Report on the lunatic asylums under the Government of Bombay - 1904-1913
Year: 1904
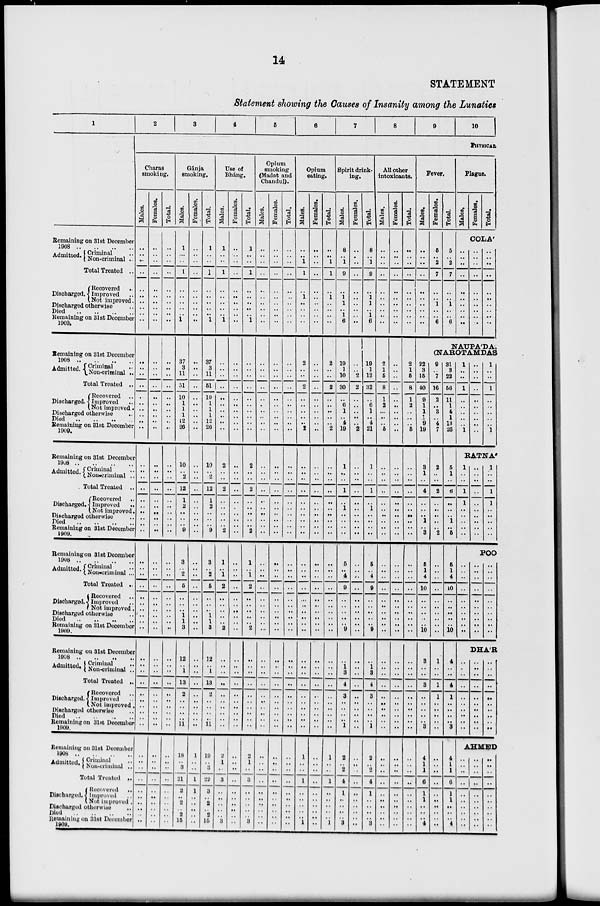
14
STATEMENT
Statement showing the Causes of Insanity among the Lunatics
1
Remaining on 31st December
1908
..
..
..
..
Admitted. Criminal ..
Non-criminal ..
Total Treated ..
Discharged.
Recovered ..
Improved ..
Not improved.
Discharged otherwise ..
Died .. .. .. ..
Remaining on 31st December
1909.
Remaining on 31st December
1908
..
..
..
..
Admitted. Criminal ..
Non-criminal ..
Total Treated ..
Discharged.
Recovered ..
Improved ..
Not improved.
Discharged otherwise ..
Died .. .. .. ..
Remaining on 31st December
1909.
Remaining on 31st December
1908
..
..
..
..
Admitted. Criminal ..
Non-criminal ..
Total Treated ..
Discharged
Recovered ..
Improved
..
Not improved.
Discharged otherwise ..
Died .. .. .. ..
Remaining on 31st December
1909.
Remaining on 31st December
1908 .. .. .. ..
Admitted. Criminal ..
Non-criminal ..
Total Treated ..
Discharged.
Recovered ..
Improved ..
Not improved.
Discharged otherwise ..
Died .. .. .. ..
Remaining on 31st December
1909.
Remaining on 31st December
1908 .. .. .. ..
Admitted. Criminal ..
Non-criminal ..
Total Treated ..
Discharged.
Recovered ..
Improved ..
Not improved.
Discharged otherwise ..
Died .. .. .. ..
Remaining on 31st December
1909.
Remaining on 31st December
1908
..
..
..
..
Admitted. Criminal ..
Non-criminal ..
Total Treated ..
Discharged.
Recovered ..
Improved ..
Not improved.
Discharged otherwise ..
Died .. .. .. ..
Remaining on 31st December
1909.
2
3
4
5
6
7
8
9
10
PHYSICAL
Charas
smoking.
Males.
..
..
..
..
..
..
..
..
..
..
..
..
..
..
..
..
..
..
..
..
..
..
..
..
..
..
..
..
..
..
..
..
..
..
..
..
..
..
..
..
..
..
..
..
..
..
..
..
..
..
..
..
..
..
..
..
..
..
..
..
Females.
..
..
..
..
..
..
..
..
..
..
..
..
..
..
..
..
..
..
..
..
..
..
..
..
..
..
..
..
..
..
..
..
..
..
..
..
..
..
..
..
..
..
..
..
..
..
..
..
..
..
..
..
..
..
..
..
..
..
..
..
Total.
..
..
..
..
..
..
..
..
..
..
..
..
..
..
..
..
..
..
..
..
..
..
..
..
..
..
..
..
..
..
..
..
..
..
..
..
..
..
..
..
..
..
..
..
..
..
..
..
..
..
..
..
..
..
..
..
..
..
..
..
Gánja
smoking.
Males.
1
..
..
1
..
..
..
..
..
1
37
3
11
51
10
1
1
1
12
26
10
..
2
12
1
2
..
..
..
9
3
..
2
5
..
..
..
1
1
3
12
..
1
13
2
..
..
..
.. 11
18
..
3
21
2
..
2
..
2
15
Females.
..
..
..
..
..
..
..
..
..
..
..
..
..
..
..
..
..
..
..
..
..
..
..
..
..
..
..
..
..
..
..
..
..
..
..
..
..
..
..
..
..
..
..
..
..
..
..
..
..
..
1
..
..
1
1
..
..
..
..
..
Total.
1
..
..
1
..
..
..
..
..
1
37
3
11
51
10
1
1
1
12
26
10
..
2
12
1
2
..
..
..
9
3
..
2
5
..
..
..
1
1
3
12
..
1
13
2
..
..
..
.. 11
19
..
3
22
3
..
2
..
2
15
Use of
Bháng.
Males.
1
..
..
1
..
..
..
..
..
1
..
..
..
..
..
..
..
..
..
..
2
..
..
2
..
..
..
..
..
2
1
..
1
2
..
..
..
..
..
2
..
..
..
..
..
..
..
..
..
..
2
1
..
3
..
..
..
..
..
3
Females.
..
..
..
..
..
..
..
..
..
..
..
..
..
..
..
..
..
..
..
..
..
..
..
..
..
..
..
..
..
..
..
..
..
..
..
..
..
..
..
..
..
..
..
..
..
..
..
..
..
..
..
..
..
..
..
..
..
..
..
..
Total.
1
..
..
1
..
..
..
..
..
1
..
..
..
..
..
..
..
..
..
..
2
..
..
2
..
..
..
..
..
2
1
..
1
2
..
..
..
..
..
2
..
..
..
..
..
..
..
..
..
..
2
1
..
3
..
..
..
..
..
3
Opium
smoking
(Madat and
Chandul).
Males.
..
..
..
..
..
..
..
..
..
..
..
..
..
..
..
..
..
..
..
..
..
..
..
..
..
..
..
..
..
..
..
..
..
..
..
..
..
..
..
..
..
..
..
..
..
..
..
..
..
..
..
..
..
..
..
..
..
..
..
..
Females.
..
..
..
..
..
..
..
..
..
..
..
..
..
..
..
..
..
..
..
..
..
..
..
..
..
..
..
..
..
..
..
..
..
..
..
..
..
..
..
..
..
..
..
..
..
..
..
..
..
..
..
..
..
..
..
..
..
..
..
..
Total.
..
..
..
..
..
..
..
..
..
..
..
..
..
..
..
..
..
..
..
..
..
..
..
..
..
..
..
..
..
..
..
..
..
..
..
..
..
..
..
..
..
..
..
..
..
..
..
..
..
..
..
..
..
..
..
..
..
..
..
..
Opium
eating.
Males.
..
..
1
1
..
1
..
..
..
..
2
..
..
2
..
..
..
..
..
2
..
..
..
..
..
..
..
..
..
..
..
..
..
..
..
..
..
..
..
..
..
..
..
..
..
..
..
..
..
..
1
..
..
1
..
..
..
..
..
1
Females.
..
..
..
..
..
..
..
..
..
..
..
..
..
..
..
..
..
..
..
..
..
..
..
..
..
..
..
..
..
..
..
..
..
..
..
..
..
..
..
..
..
..
..
..
..
..
..
..
..
..
..
..
..
..
..
..
..
..
..
..
Total.
..
..
1
1
..
1
..
..
..
..
2
..
..
2
..
..
..
..
..
2
..
..
..
..
..
..
..
..
..
..
..
..
..
..
..
..
..
..
..
..
..
..
..
..
..
..
..
..
..
..
1
..
..
1
..
..
..
..
..
1
Spirit drink-
ing.
Males.
8
1
9
..
1
1
1
6
19
1
10
30
..
6
1
..
4
19
1
..
..
1
..
1
..
..
..
..
5
..
4
9
..
..
..
..
..
9
..
1
3
4
3
..
..
..
.. 1
2
..
2
4
1
..
..
..
..
3
Females.
..
..
..
..
..
..
..
..
..
..
..
..
2
2
..
..
..
..
..
2
..
..
..
..
..
..
..
..
..
..
..
..
..
..
..
..
..
..
..
..
..
..
..
..
..
..
..
..
.. ..
..
..
..
..
..
..
..
..
..
..
Total.
8
1
9
..
1
1
1
6
19
1
12
32
..
6
1
..
4
21
1
..
..
1
..
1
..
..
..
..
5
..
4
9
..
..
..
..
..
9
..
1
3
4
3
..
..
..
.. 1
2
..
2
4
1
..
..
..
..
3
All other
intoxicants.
Males.
..
..
..
..
..
..
..
..
..
..
2
1
5
8
1
2
..
..
..
5
..
..
..
..
..
..
..
..
..
..
..
..
..
..
..
..
..
..
..
..
..
..
..
..
..
..
..
..
..
..
..
..
..
..
..
..
..
..
..
..
Females.
..
..
..
..
..
..
..
..
..
..
..
..
..
..
..
..
..
..
..
..
..
..
..
..
..
..
..
..
..
..
..
..
..
..
..
..
..
..
..
..
..
..
..
..
..
..
..
..
..
..
..
..
..
..
..
..
..
..
..
..
Total.
..
..
..
..
..
..
..
..
..
..
2
1
5
8
1
2
..
..
..
5
..
..
..
..
..
..
..
..
..
..
..
..
..
..
..
..
..
..
..
..
..
..
..
..
..
..
..
..
..
..
..
..
..
..
..
..
..
..
..
..
Fever.
Males.
..
..
..
..
..
..
..
..
..
..
Females.
5
..
2
7
..
..
1
..
..
6
Total.
5
..
2
7
..
..
1
..
..
6
Plague.
Males.
Females.
Total.
COLÁ
..
..
..
..
..
..
..
..
..
..
..
..
..
..
..
..
..
..
..
..
..
..
..
..
..
..
..
..
..
..
NAUPÁDA,
(NAROTAMDAS
22
3
15
40
9
1
1
1
9
19
3
1
..
4
..
..
..
1
..
3
5
1
4
10
..
..
..
..
..
10
3
..
..
3
..
..
..
..
.. 3
4
1
1
6
1
1
..
..
..
4
9
..
7
16
2
..
3
..
4
7
2
..
..
2
..
..
..
..
..
2
..
..
..
..
..
..
..
..
..
..
1
..
..
1
1
..
..
..
.. ..
..
..
..
..
..
..
..
..
..
..
31
3
22
56
11
1
4
1
13
26
5
1
..
6
..
..
..
1
..
5
5
1
4
10
..
..
..
..
..
10
4
..
..
4
1
..
..
..
.. 3
4
1
1
6
1
1
..
..
..
4
1
..
..
1
..
..
..
..
..
1
..
..
..
..
..
..
..
..
..
..
1
..
..
1
..
..
..
..
..
1
RATNÁ
1
..
..
1
1
..
..
..
..
..
..
..
..
..
..
..
..
..
..
..
1
..
..
1
1
..
..
..
..
..
POO
..
..
..
..
..
..
..
..
..
..
..
..
..
..
..
..
..
..
..
..
..
..
..
..
..
..
..
..
..
..
DHÁR
..
..
..
..
..
..
..
..
..
..
..
..
..
..
..
..
..
..
..
..
..
..
..
..
..
..
..
..
..
..
AHMED
..
..
..
..
..
..
..
..
..
..
..
..
..
..
..
..
..
..
..
..
..
..
..
..
..
..
..
..
..
..